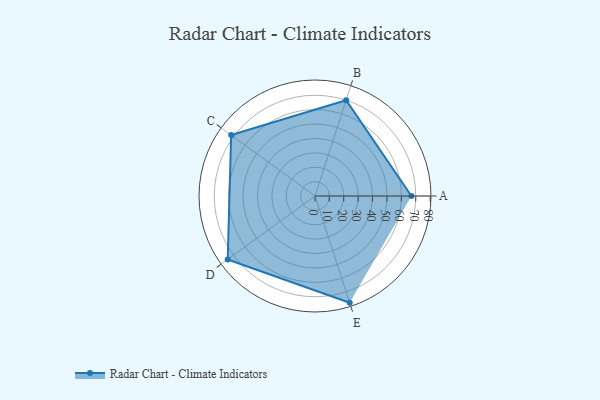
{"axis": {"x": "Skill", "y": "Score"}, "legend": ["Profile"], "data": [{"x": "A", "y": 67.0, "type": "Profile"}, {"x": "B", "y": 70.0, "type": "Profile"}, {"x": "C", "y": 72.0, "type": "Profile"}, {"x": "D", "y": 75.0, "type": "Profile"}, {"x": "E", "y": 78.0, "type": "Profile"}]}